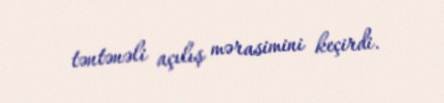
təntənəli açılış mərasimini keçirdi.